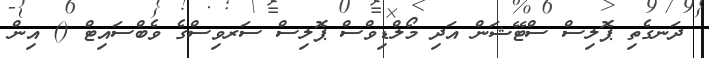
ދަނގެތި ޕޮލިސް ސްޓޭޝަން އަދި މޯލްޑިވްސް ޕޮލިސް ސަރވިސްގެ ވެބްސައިޓް () އިން